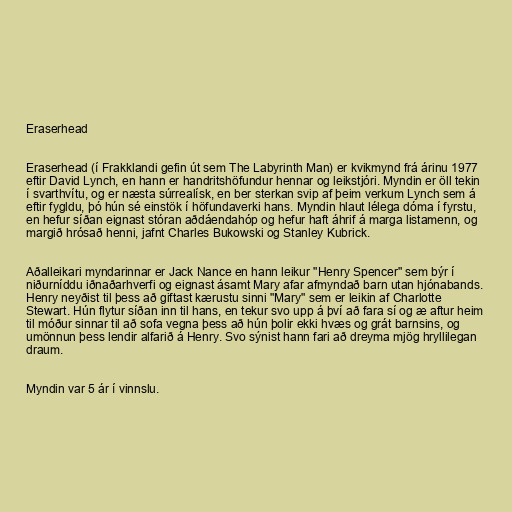
Eraserhead

Eraserhead (í Frakklandi gefin út sem The Labyrinth Man) er kvikmynd frá árinu 1977
eftir David Lynch, en hann er handritshöfundur hennar og leikstjóri. Myndin er öll tekin
í svarthvítu, og er næsta súrrealísk, en ber sterkan svip af þeim verkum Lynch sem á
eftir fygldu, þó hún sé einstök í höfundaverki hans. Myndin hlaut lélega dóma í fyrstu,
en hefur síðan eignast stóran aðdáendahóp og hefur haft áhrif á marga listamenn, og
margið hrósað henni, jafnt Charles Bukowski og Stanley Kubrick.

Aðalleikari myndarinnar er Jack Nance en hann leikur "Henry Spencer" sem býr í
niðurníddu iðnaðarhverfi og eignast ásamt Mary afar afmyndað barn utan hjónabands.
Henry neyðist til þess að giftast kærustu sinni "Mary" sem er leikin af Charlotte
Stewart. Hún flytur síðan inn til hans, en tekur svo upp á því að fara sí og æ aftur heim
til móður sinnar til að sofa vegna þess að hún þolir ekki hvæs og grát barnsins, og
umönnun þess lendir alfarið á Henry. Svo sýnist hann fari að dreyma mjög hryllilegan
draum.

Myndin var 5 ár í vinnslu.